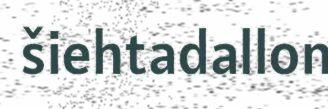
šiehtadallon